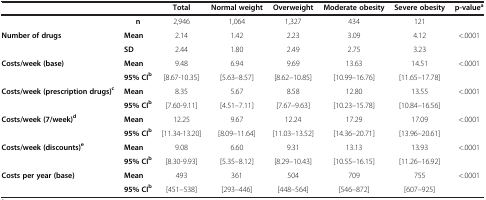
<table><thead><tr><td><b> </b></td><td><b> </b></td><td><b>Total</b></td><td><b>Normal weight</b></td><td><b>Overweight</b></td><td><b>Moderate obesity</b></td><td><b>Severe obesity</b></td><td><b>p-value<sup>a</sup></b></td></tr></thead><tbody><tr><td> </td><td><b>n</b></td><td>2,946</td><td>1,064</td><td>1,327</td><td>434</td><td>121</td><td> </td></tr><tr><td rowspan="2"><b>Number of drugs</b></td><td><b>Mean</b></td><td>2.14</td><td>1.42</td><td>2.23</td><td>3.09</td><td>4.12</td><td rowspan="2">&lt;.0001</td></tr><tr><td><b>SD</b></td><td>2.44</td><td>1.80</td><td>2.49</td><td>2.75</td><td>3.23</td></tr><tr><td rowspan="2"><b>Costs/week (base)</b></td><td><b>Mean</b></td><td>9.48</td><td>6.94</td><td>9.69</td><td>13.63</td><td>14.51</td><td rowspan="2">&lt;.0001</td></tr><tr><td><b>95% CI</b><sup><b>b</b></sup></td><td>[8.67-10.35]</td><td>[5.63–8.57]</td><td>[8.62–10.85]</td><td>[10.99–16.76]</td><td>[11.65–17.78]</td></tr><tr><td rowspan="2"><b>Costs/week (prescription drugs)</b><sup><b>c</b></sup></td><td><b>Mean</b></td><td>8.35</td><td>5.67</td><td>8.58</td><td>12.80</td><td>13.55</td><td rowspan="2">&lt;.0001</td></tr><tr><td><b>95% CI</b><sup><b>b</b></sup></td><td>[7.60-9.11]</td><td>[4.51–7.11]</td><td>[7.67–9.63]</td><td>[10.23–15.78]</td><td>[10.84–16.56]</td></tr><tr><td rowspan="2"><b>Costs/week (7/week)</b><sup><b>d</b></sup></td><td><b>Mean</b></td><td>12.25</td><td>9.67</td><td>12.24</td><td>17.29</td><td>17.09</td><td rowspan="2">&lt;.0001</td></tr><tr><td><b>95% CI</b><sup><b>b</b></sup></td><td>[11.34-13.20]</td><td>[8.09–11.64]</td><td>[11.03–13.52]</td><td>[14.36–20.71]</td><td>[13.96–20.61]</td></tr><tr><td rowspan="2"><b>Costs/week (discounts)</b><sup><b>e</b></sup></td><td><b>Mean</b></td><td>9.08</td><td>6.60</td><td>9.31</td><td>13.13</td><td>13.93</td><td rowspan="2">&lt;.0001</td></tr><tr><td><b>95% CI</b><sup><b>b</b></sup></td><td>[8.30-9.93]</td><td>[5.35–8.12]</td><td>[8.29–10.43]</td><td>[10.55–16.15]</td><td>[11.26–16.92]</td></tr><tr><td><b>Costs per year (base)</b></td><td><b>Mean</b></td><td>493</td><td>361</td><td>504</td><td>709</td><td>755</td><td>&lt;.0001</td></tr><tr><td> </td><td><b>95% CI</b><sup><b>b</b></sup></td><td>[451–538]</td><td>[293–446]</td><td>[448–564]</td><td>[546–872]</td><td>[607–925]</td><td> </td></tr></tbody></table>